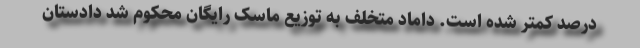
درصد کمتر شده است. داماد متخلف به توزیع ماسک رایگان محکوم شد دادستان